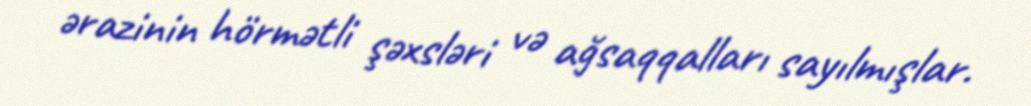
ərazinin hörmətli şəxsləri və ağsaqqalları sayılmışlar.